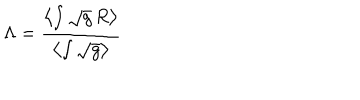
\Lambda = \frac { \left< \int \sqrt { g } \, R \right> } { \left< \int \sqrt { g } \right> }